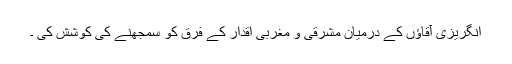
انگریزی آقاؤں کے درمیان مشرقی و مغربی اقدار کے فرق کو سمجھنے کی کوشش کی ۔